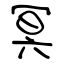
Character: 冥